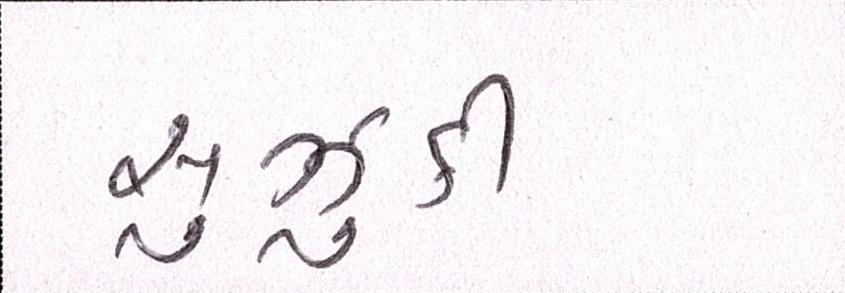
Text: સુઝુકી